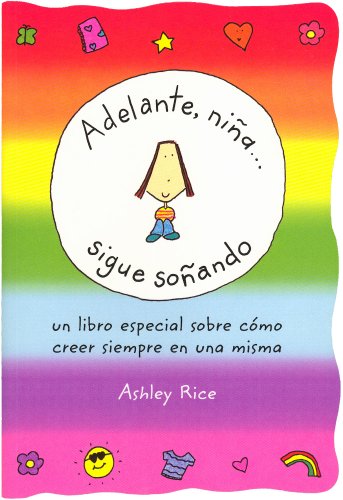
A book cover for Adelante, niÃ±a... Sigue soÃ±ando (Spanish "You Go, Girl... Keep Dreaming") (Spanish Edition); Ashley Rice; Teen & Young Adult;